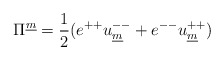
\begin{align*}\Pi^{\underline{m}} = {1 \over 2} (e^{++} u^{--}_{\underline{m}} + e^{--}u^{++}_{\underline{m}} )\end{align*}